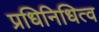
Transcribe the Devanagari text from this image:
प्रधिनिधित्व